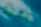
إخبارك